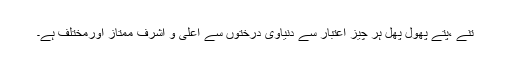
تنے ،پتے پھول پھل ہر چیز اعتبار سے دنیاوی درختوں سے اعلی و اشرف ممتاز اورمختلف ہے۔